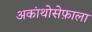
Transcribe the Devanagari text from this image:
अकांथोसेफ़ाला